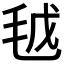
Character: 𣬽